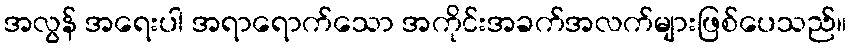
အလွန် အရေးပါ အရာရောက်သော အကိုင်းအခက်အလက်များဖြစ်ပေသည်။